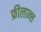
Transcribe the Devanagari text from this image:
फ्रीलान्श